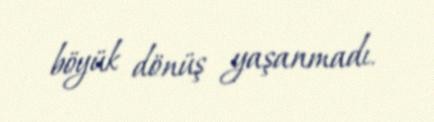
böyük dönüş yaşanmadı.